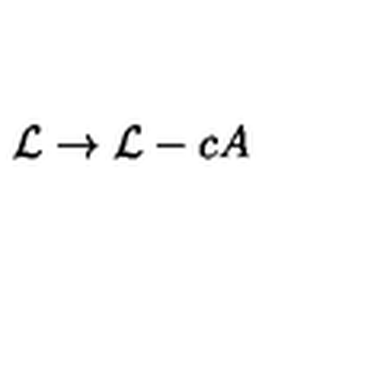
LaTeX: { \cal { L } } \to { \cal { L } } - c A